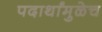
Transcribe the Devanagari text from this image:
पदार्थांमुळेच